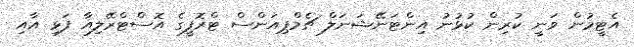
އެޓީމުން ވަނީ ކުރިން ކުޅުނު އިންޓަނޭޝަނަލް ޗެމްޕިއަންސް ޓްރޮފީގެ އޮސްޓްރޭލިއާ ފަޅި އާއި